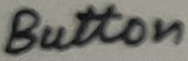
Text: Button